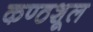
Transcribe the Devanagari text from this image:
कण्ठशूल